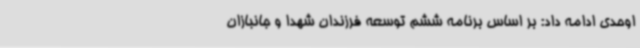
اوحدی ادامه داد: بر اساس برنامه ششم توسعه فرزندان شهدا و جانبازان